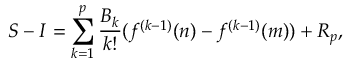
S - I = \sum _ { k = 1 } ^ { p } { { \frac { B _ { k } } { k ! } } ( f ^ { ( k - 1 ) } ( n ) - f ^ { ( k - 1 ) } ( m ) ) } + R _ { p } ,